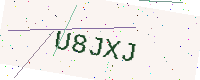
Text: U8JXJ